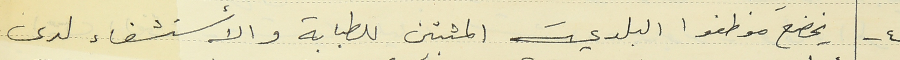
٤ - يخضع موظفوا البلدية المثبتين للطبابة والأستشفاء لدى